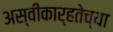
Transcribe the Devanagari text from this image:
अस्वीकार्हतेच्या